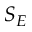
S _ { E }